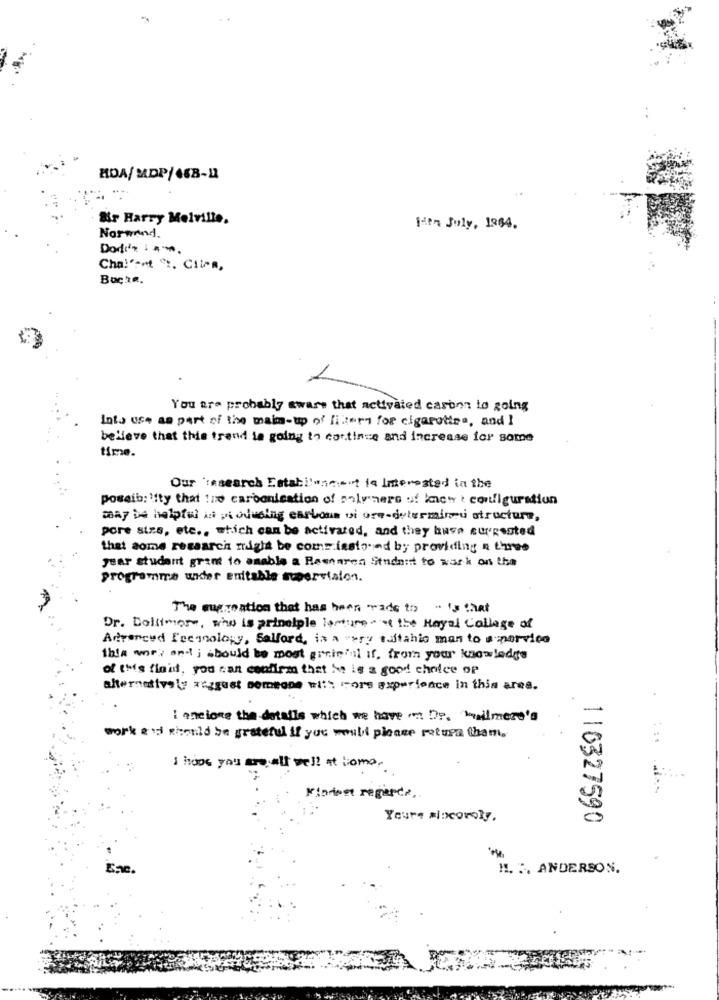
BOA/ MDP/ 468-12
&r Harry Melville.
Hon July, 1964.
Normand.
Dodin 1 am
Cha!"-ot :. Clima,
Boche.
You are probably aware that activated carbon to going
Into use as part of the make-up of litern for cigarettes, and I
believe that this trend is going to continue and increase for some
Our 'insearch Estabilunn't is Interested in the
poseib:`ity that ine carbonisation of soly ners of knew : configuration
may be helpful is producing carbone vi ore-determinu structure,
pore size, etc ., which can be activated, and they have corrented
that some research might be commissioned by providing a true
year student grant to enable a Resnaren Student to wask on the
programma under enitable supervision.
The supreation that has been wade to " is that
Dr. Doltimers, who is principle lasture at the Hayal Collage of
Advanced Freonology, Salford, is a very sultahin man to a morvico
this work and ; bould be most greinmal if, from your knowledge
of this floid, you can confirm that he is a good choice of
alternatively atzguet someone with more experience in this area.
I enclose the details which we have - Dr. bilmeze's
work and should be grateful if you would please return tham,
: :.
I hope you are all well at home ..
Mindest regarde,
Yours miocovoly.
110327590
H. :. ANDERSON.